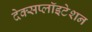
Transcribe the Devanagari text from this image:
देक्सप्लॉइटेशन